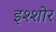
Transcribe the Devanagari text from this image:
इश्शोर